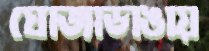
ঘোজাডাঙায়